Civil Veterinary Department. Madras. Admin. report 1910-25 - 1910-1925
Year: 1910
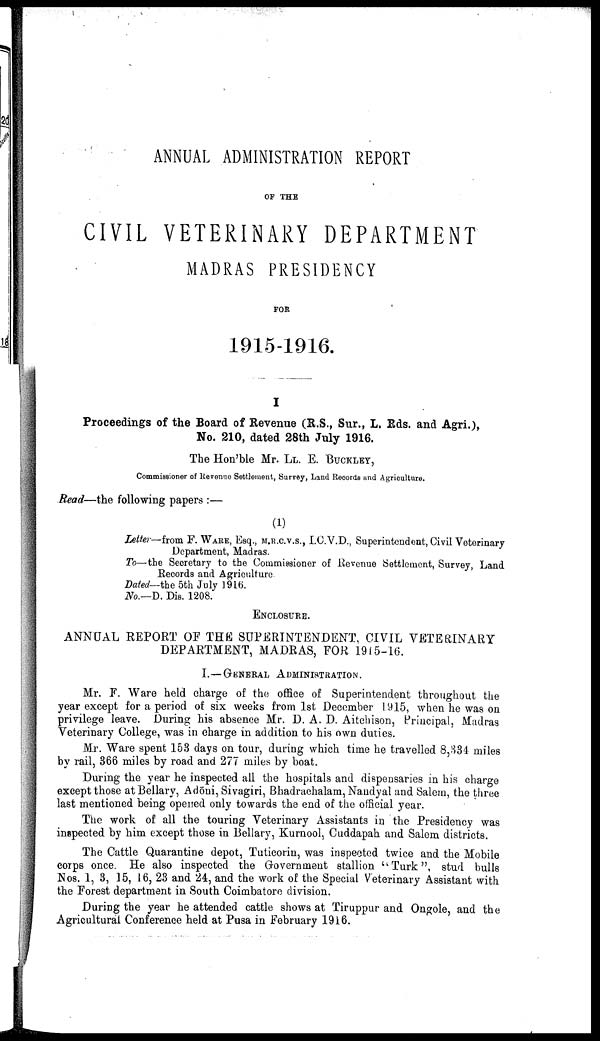
ANNUAL ADMINISTRATION REPORT
OF THE
CIVIL VETERINARY DEPARTMENT
MADRAS PRESIDENCY
FOR
1915-1916.
Proceedings of the Board of Revenue (R.S., Sur., L. Rds. and Agri.),
No. 210, dated 28th July 1916.
The Hon'ble Mr. LL. E. BUCKLE,
Commissioner of Revenue Settlement, Survey, Land Records and Agriculture.
Read—the following papers :—
(1)
Letter—from F. WARE, Esq.,M.R.C.V.S., I.C.V.D., Superintendent, Civil Veterinary
Department, Madras.
To—the Secretary to the Commissioner of Revenue Settlement, Survey, Land
Records and Agriculture
Dated— the 5th July 1916.
No.—D. Dis. 1208.
ENCLOSURE.
ANNUAL REPORT OF THE SUPERINTENDENT, CIVIL VETERINARY
DEPARTMENT, MADRAS, FOR 1915-16.
I.—GENERAL ADMINISTRATION.
Mr. F. Ware held charge of the office of Superintendent throughout the
year except for a period of six weeks from 1st December 1915, when he was on
privilege leave. During his absence Mr. D. A. D. Aitchison, Principal, Madras
Veterinary College, was in charge in addition to his own duties.
Mr. Ware spent 153 days on tour, during which time he travelled 8,334 miles
by rail, 366 miles by road and 277 miles by boat.
During the year he inspected all the hospitals and dispensaries in his charge
except those at Bellary, Adōni, Sivagiri, Bhadrachalam, Nandyal and Salem, the three
last mentioned being opened only towards the end of the official year.
The work of all the touring Veterinary Assistants in the Presidency was
inspected by him except those in Bellary, Kurnool, Cuddapah and Salem districts.
The Cattle Quarantine depot, Tuticorin, was inspected twice and the Mobile
corps once. He also inspected the Government stallion "Turk" stud bulls
Nos. 1, 3, 15, 16, 23 and 24, and the work of the Special Veterinary Assistant with
the Forest department in South Coimbatore division.
During the year he attended cattle shows at Tiruppur and Ongole, and the
Agricultural Conference held at Pusa in February 1916.